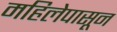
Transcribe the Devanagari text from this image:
महिलेपासून